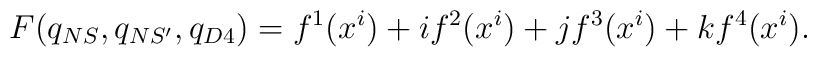
F(q_{NS},q_{NS'},q_{D4}) = f^1(x^i)+if^2(x^i)+jf^3(x^i)+kf^4(x^i).